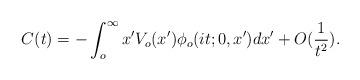
LaTeX: \begin{align*}C(t)=-\int_{o}^{\infty}x'V_o(x')\phi_o(it;0,x')dx'+O(\frac{1}{t^2}).\end{align*}